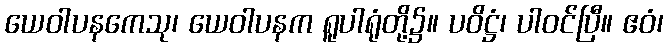
ယေဝါပနကေသု၊ ယေဝါပနက ရူပါရုံတို့၌။ ပဝိဋ္ဌံ၊ ပါဝင်ပြီ။ ဧဝံ၊